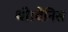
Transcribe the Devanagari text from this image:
थी।वेनिस